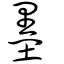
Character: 墨